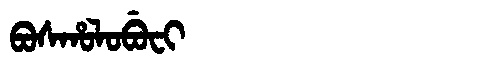
Manchu: ᠪᠣᠰᡥᠣᠯᠣᠪᡠᠸᡳ
Romanization: BOSHOLOBUFI